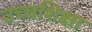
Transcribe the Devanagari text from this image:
उच्चशिक्षा